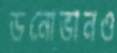
ডনোভানও